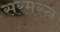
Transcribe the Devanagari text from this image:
सरमस्त